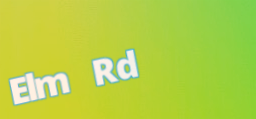
Elm Rd